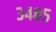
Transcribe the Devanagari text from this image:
३४८५